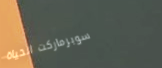
سوبرماركت الحياة